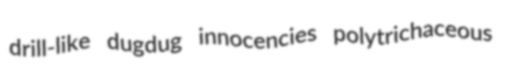
drill-like dugdug innocencies polytrichaceous